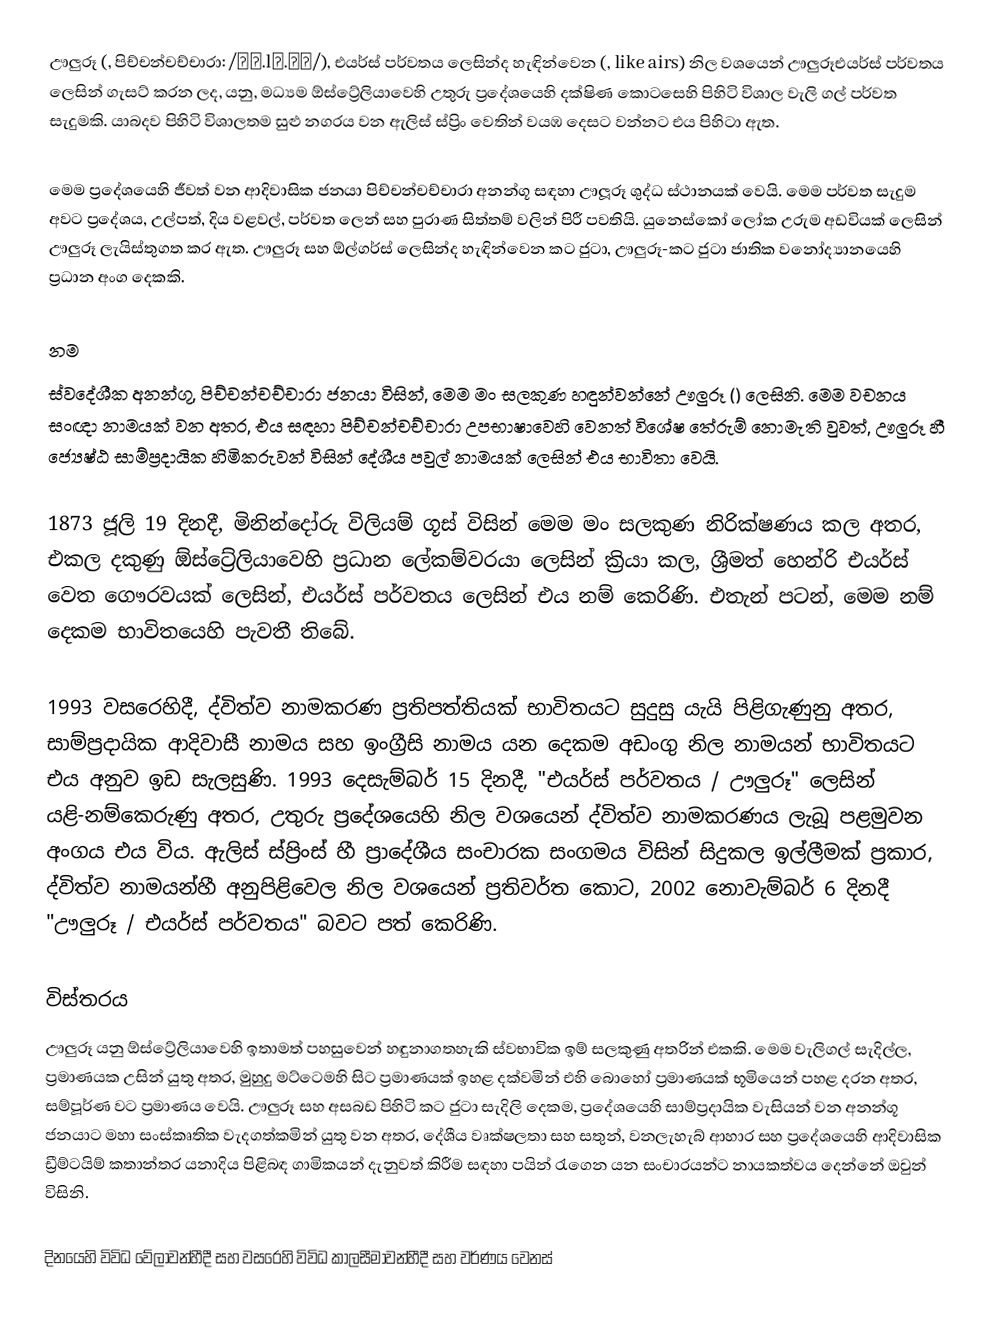
ඌලුරූ (,  පිච්චන්චච්චාරා:   /ˈʊ.lʊ.ɻʊ/), එයර්ස් පර්වතය ලෙසින්ද හැඳින්වෙන (, like airs) නිල වශයෙන් ඌලුරූඑයර්ස් පර්වතය ලෙසින් ගැසට් කරන ලද, යනු, මධ්‍යම  ඕස්ට්‍රේලියාවෙහි  උතුරු ප්‍රදේශයෙහි දක්ෂිණ කොටසෙහි පිහිටි විශාල වැලි ගල් පර්වත සැදුමකි. යාබදව පිහිටි විශාලතම සුළු නගරය වන  ඇලිස් ස්ප්‍රිං වෙතින්  වයඹ දෙසට වන්නට එය පිහිටා ඇත.

මෙම ප්‍රදේශයෙහි ජීවත් වන ආදිවාසික ජනයා පිච්චන්චච්චාරා අනන්ගූ සඳහා ඌලූරූ ශුද්ධ ස්ථානයක් වෙයි. මෙම පර්වත සැදුම අවට ප්‍රදේශය, උල්පත්, දිය වළවල්, පර්වත ලෙන් සහ පුරාණ සිත්තම් වලින් පිරී පවතියි. යුනෙස්කෝ ලෝක උරුම අඩවියක් ලෙසින්  ඌලුරූ ලැයිස්තුගත කර ඇත. ඌලුරූ සහ ඕල්ගර්ස් ලෙසින්ද හැඳින්වෙන කට ජුටා,  ඌලුරූ-කට ජුටා ජාතික වනෝද්‍යානයෙහි ප්‍රධාන අංග දෙකකි.

නම
ස්වදේශීක අනන්ගූ, පිච්චන්චච්චාරා ජනයා විසින්, මෙම මං සලකුණ හඳුන්වන්නේ ඌලුරූ () ලෙසිනි. මෙම වචනය සංඥා නාමයක් වන අතර, එය සඳහා  පිච්චන්චච්චාරා උපභාෂාවෙහි වෙනත් විශේෂ තේරුම් නොමැති වුවත්,  ඌලුරූ හී ජ්‍යෙෂ්ඨ සාම්ප්‍රදායික හිමිකරුවන් විසින් දේශීය පවුල් නාමයක් ලෙසින් එය භාවිතා වෙයි.

1873 ජූලි 19 දිනදී, මිනින්දෝරු විලියම් ගූස් විසින් මෙම මං සලකුණ නිරික්ෂණය කල අතර, එකල දකුණු ඕස්ට්‍රේලියාවෙහි ප්‍රධාන ලේකම්වරයා ලෙසින් ක්‍රියා කල, ශ්‍රීමත් හෙන්රි එයර්ස් වෙත ගෞරවයක් ලෙසින්, එයර්ස් පර්වතය ලෙසින් එය නම් කෙරිණි.  එතැන් පටන්, මෙම නම් දෙකම භාවිතයෙහි පැවතී තිබේ.

1993 වසරෙහිදී, ද්විත්ව නාමකරණ ප්‍රතිපත්තියක් භාවිතයට සුදුසු යැයි පිළිගැණුනු අතර, සාම්ප්‍රදායික ආදිවාසී නාමය සහ ඉංග්‍රීසි නාමය යන දෙකම අඩංගු නිල නාමයන් භාවිතයට එය අනුව ඉඩ සැලසුණි. 1993 දෙසැම්බර් 15 දිනදී, "එයර්ස් පර්වතය / ඌලුරූ" ලෙසින් යළි-නම්කෙරුණු අතර, උතුරු ප්‍රදේශයෙහි නිල වශයෙන් ද්විත්ව නාමකරණය ලැබූ  පළමුවන අංගය එය විය. ඇලිස් ස්ප්‍රිංස් හී ප්‍රාදේශීය සංචාරක සංගමය විසින් සිදුකල ඉල්ලීමක් ප්‍රකාර,  ද්විත්ව නාමයන්හී අනුපිළිවෙල නිල වශයෙන් ප්‍රතිවර්ත කොට,  2002 නොවැම්බර් 6 දිනදී "ඌලුරූ / එයර්ස් පර්වතය" බවට පත් කෙරිණි.

විස්තරය
ඌලුරූ යනු ඕස්ට්‍රේලියාවෙහි ඉතාමත් පහසුවෙන් හඳුනාගතහැකි ස්වභාවික ඉම් සලකුණු අතරින් එකකි.   මෙම  වැලිගල් සැදිල්ල,   ප්‍රමාණයක උසින් යුතු අතර, මුහුදු මට්ටෙමහි සිට  ප්‍රමාණයක් ඉහළ දක්වමින් එහි බොහෝ ප්‍රමාණයක් භූමියෙන් පහළ දරන අතර, සම්පූර්ණ වට ප්‍රමාණය  වෙයි. ඌලුරූ සහ අසබඩ පිහිටි කට ජුටා සැදිලි දෙකම, ප්‍රදේශයෙහි සාම්ප්‍රදායික වැසියන් වන අනන්ගූ ජනයාට මහා සංස්කෘතික වැදගත්කමින් යුතු වන අතර, දේශීය වෘක්ෂලතා සහ සතුන්, වනලැහැබ් ආහාර සහ ප්‍රදේශයෙහි ආදිවාසික ඩ්‍රීම්ටයිම් කතාන්තර  යනාදිය පිළිබඳ ගාමිකයන් දැනුවත් කිරීම සඳහා පයින් රැගෙන යන සංචාරයන්ට නායකත්වය දෙන්නේ ඔවුන් විසිනි.

දිනයෙහි විවිධ වේලාවන්හීදී සහ වසරෙහි විවිධ කාලසීමාවන්හීදී සහ වර්ණය වෙනස්